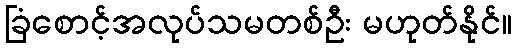
ခြံစောင့်အလုပ်သမတစ်ဦး မဟုတ်နိုင်။